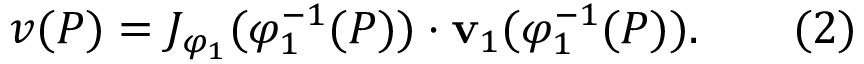
v ( P ) = J _ { \varphi _ { 1 } } ( \varphi _ { 1 } ^ { - 1 } ( P ) ) \cdot { \mathbf { v } } _ { 1 } ( \varphi _ { 1 } ^ { - 1 } ( P ) ) . \qquad ( 2 )